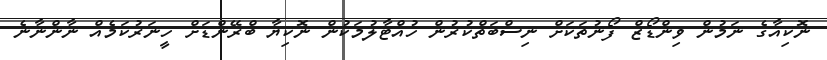
ނޮކިއާގެ ނަމުން ވިންޑޯޒް ފޯނުތަކަށް ނިސްބަތްކުރުން ހުއްޓާލުމަކުން ނޮކިޔާ ބްރޭންޑަށް ހީނަރުކަމެއް ނާންނާނެ